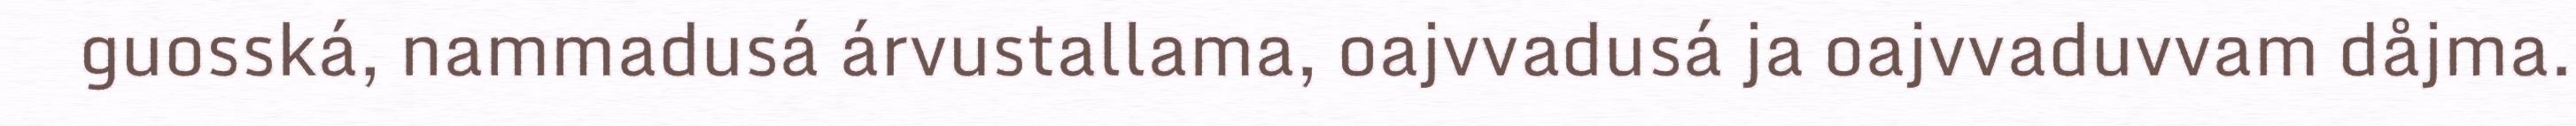
guosská, nammadusá árvustallama, oajvvadusá ja oajvvaduvvam dåjma.